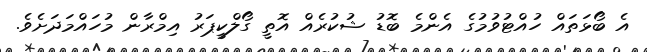
އެ ބޯޅަތައް ހުއްޓުވުމުގެ އެންމެ ބޮޑު ޝުކުރެއް އޮތީ ގޯލްކީޕަރު އިމްރާން މުހައްމަދަށެވެ.